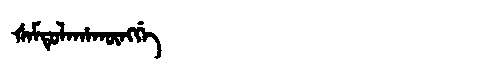
Manchu: ᡧᠠᠮᡨᡠᠯᠠᡥᠠᡴᡡᠩᡤᡝ
Romanization: ŠAMTULAHAKŪNGGE